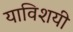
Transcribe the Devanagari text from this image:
याविशयी